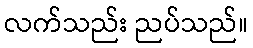
လက်သည်း ညပ်သည်။